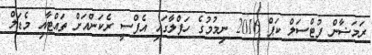
ރަމަޟާން ފުޓްސަލް ކަޕް 2016 ނިމުމުގެ ހަފްލާގައި އެފްސީ ރެކަންއަށް ތައްޓާއި މެޑަލް